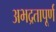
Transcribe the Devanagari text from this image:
अभद्रतापूर्ण